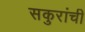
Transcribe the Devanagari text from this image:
सकुरांची